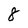
Character: 8